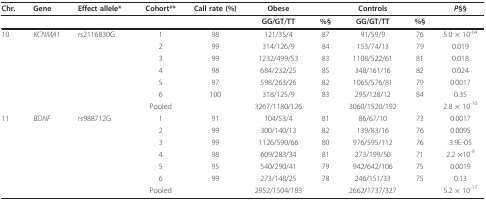
<table><thead><tr><td><b>Chr.</b></td><td><b>Gene</b></td><td><b>Effect allele*</b></td><td><b>Cohort**</b></td><td><b>Call rate (%)</b></td><td><b>Obese</b></td><td></td><td><b>Controls</b></td><td></td><td><b><i>P</i>§§</b></td></tr></thead><tbody><tr><td></td><td></td><td></td><td></td><td></td><td><b>GG/GT/TT</b></td><td><b>%§</b></td><td><b>GG/GT/TT</b></td><td><b>%§</b></td><td></td></tr><tr><td>10</td><td><i>KCNMA1</i></td><td>rs2116830G</td><td>1</td><td>98</td><td>121/35/4</td><td>87</td><td>91/59/9</td><td>76</td><td>5.0 × 10<sup>-04</sup></td></tr><tr><td></td><td></td><td></td><td>2</td><td>99</td><td>314/126/9</td><td>84</td><td>153/74/13</td><td>79</td><td>0.019</td></tr><tr><td></td><td></td><td></td><td>3</td><td>99</td><td>1232/499/53</td><td>83</td><td>1108/522/61</td><td>81</td><td>0.018</td></tr><tr><td></td><td></td><td></td><td>4</td><td>98</td><td>684/232/25</td><td>85</td><td>348/161/16</td><td>82</td><td>0.024</td></tr><tr><td></td><td></td><td></td><td>5</td><td>97</td><td>598/263/26</td><td>82</td><td>1065/576/81</td><td>79</td><td>0.0017</td></tr><tr><td></td><td></td><td></td><td>6</td><td>100</td><td>318/125/9</td><td>83</td><td>295/128/12</td><td>84</td><td>0.35</td></tr><tr><td></td><td></td><td></td><td>Pooled</td><td></td><td>3267/1180/126</td><td></td><td>3060/1520/192</td><td></td><td>2.8 × 10<sup>-10</sup></td></tr><tr><td>11</td><td><i>BDNF</i></td><td>rs988712G</td><td>1</td><td>91</td><td>104/53/4</td><td>81</td><td>86/67/10</td><td>73</td><td>0.0017</td></tr><tr><td></td><td></td><td></td><td>2</td><td>99</td><td>300/140/13</td><td>82</td><td>139/83/16</td><td>76</td><td>0.0095</td></tr><tr><td></td><td></td><td></td><td>3</td><td>99</td><td>1126/590/66</td><td>80</td><td>976/595/112</td><td>76</td><td>3.9E-05</td></tr><tr><td></td><td></td><td></td><td>4</td><td>98</td><td>609/283/34</td><td>81</td><td>273/199/50</td><td>71</td><td>2.2 ×10<sup>-9</sup></td></tr><tr><td></td><td></td><td></td><td>5</td><td>95</td><td>540/290/41</td><td>79</td><td>942/642/106</td><td>75</td><td>0.0019</td></tr><tr><td></td><td></td><td></td><td>6</td><td>99</td><td>273/148/25</td><td>78</td><td>246/151/33</td><td>75</td><td>0.13</td></tr><tr><td></td><td></td><td></td><td>Pooled</td><td></td><td>2952/1504/183</td><td></td><td>2662/1737/327</td><td></td><td>5.2 × 10<sup>-17</sup></td></tr></tbody></table>